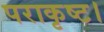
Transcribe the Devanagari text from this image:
पराकृष्ट।